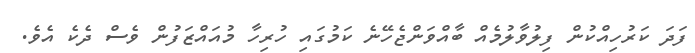
ފަދަ ކަރުހިއްކުން ފިލުވާލުމެއް ބާއްވަންޖެހޭނެ ކަމުގައި ހުރިހާ މުއައްޒަފުން ވެސް ދެކެ އެވެ.